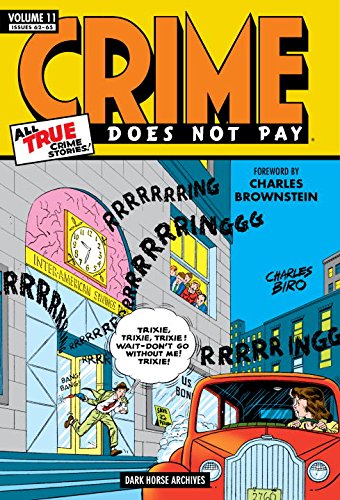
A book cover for Crime Does Not Pay Archives  Volume 11; Charles Biro; Comics & Graphic Novels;